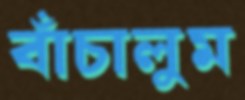
বাঁচালুম